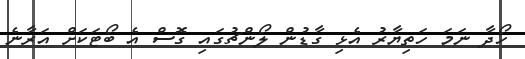
ހޯދާ ނަމަ ހަތިޔާރު އެޅި ގާޑުން ލޯންޗުގައި ގޮސް އެ ބޯޓަކަށް އަރާނެ